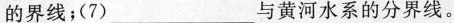
的界线；(7)___与黄河水系的分界线。